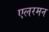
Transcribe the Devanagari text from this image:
एलरमन